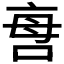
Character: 𠲯